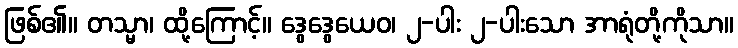
ဖြစ်၏။ တသ္မာ၊ ထို့ကြောင့်။ ဒွေဒွေယေဝ၊ ၂-ပါး ၂-ပါးသော အာရုံတို့ကိုသာ။